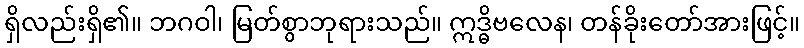
ရှိလည်းရှိ၏။ ဘဂဝါ၊ မြတ်စွာဘုရားသည်။ ဣဒ္ဓိဗလေန၊ တန်ခိုးတော်အားဖြင့်။